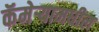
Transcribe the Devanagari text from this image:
कॅमेऱ्यामधील